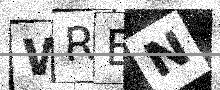
Text: WREN